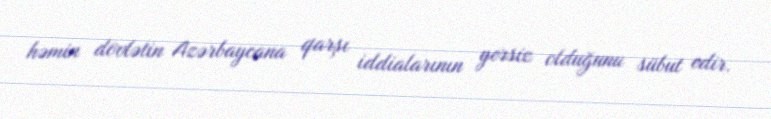
həmin dövlətin Azərbaycana qarşı iddialarının yersiz olduğunu sübut edir.